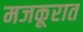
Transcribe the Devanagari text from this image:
मजकूरात